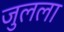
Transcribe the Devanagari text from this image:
जुलला